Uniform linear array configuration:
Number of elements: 24
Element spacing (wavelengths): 0.75
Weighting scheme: hann
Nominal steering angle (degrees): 0
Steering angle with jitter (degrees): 1.537
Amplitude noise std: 0.05
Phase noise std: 0.05

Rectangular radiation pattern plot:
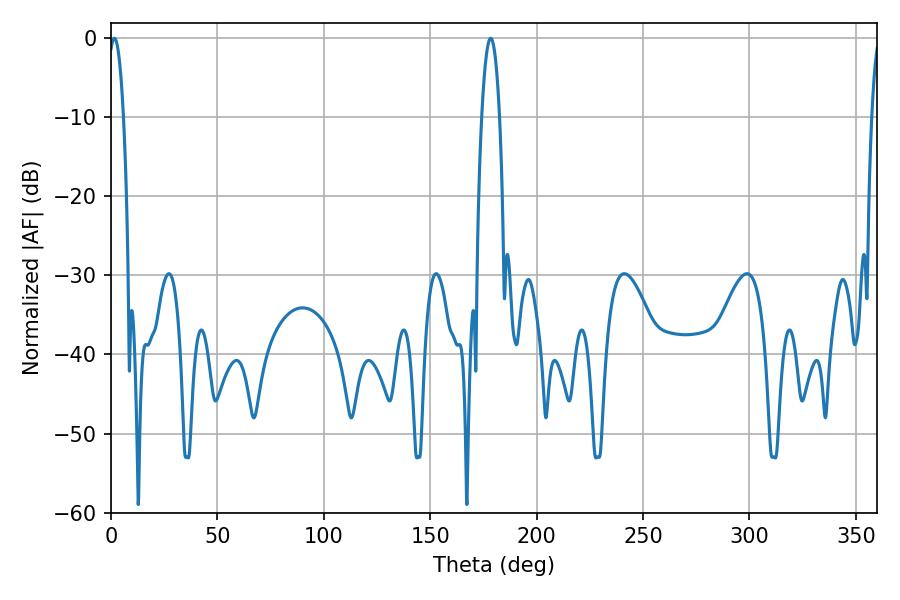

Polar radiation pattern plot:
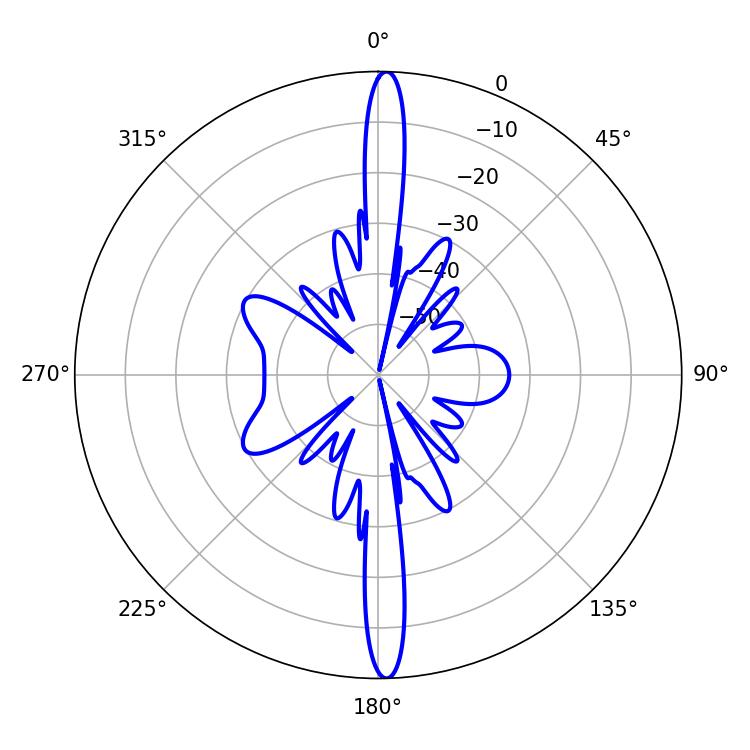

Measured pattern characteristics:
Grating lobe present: TRUE
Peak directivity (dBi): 26.336
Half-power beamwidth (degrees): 3.96
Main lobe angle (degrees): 1.62